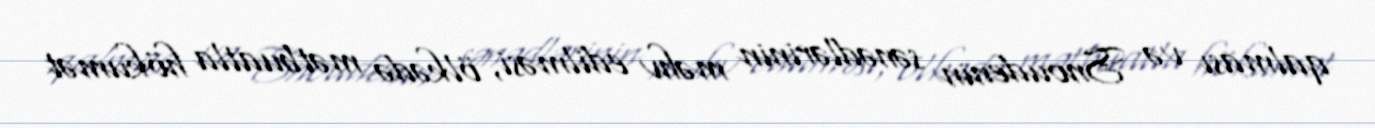
qalması və Snoudenin sənədlərinin məhv edilməsi, ölkədə mətbuatla hökumət